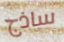
ساذج